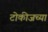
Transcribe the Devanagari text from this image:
टोकीजच्या